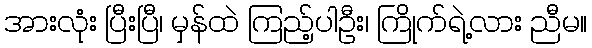
အားလုံး ပြီးပြီ၊ မှန်ထဲ ကြည့်ပါဦး၊ ကြိုက်ရဲ့လား ညီမ။